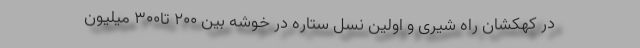
در کهکشان راه شیری و اولین نسل ستاره در خوشه بین ۲۰۰ تا۳۰۰ میلیون